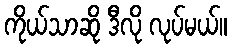
ကိုယ်သာဆို ဒီလို လုပ်မယ်။